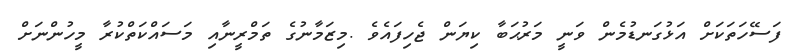
ފަސޭހަތަކަށް އަޅުގަނޑުމެން ވަނީ މަރުޙަބާ ކިޔަން ޖެހިފައެވެ .މިޒަމާނުގެ ތަމްރީނާއި މަސައްކަތްކުރާ މީހުންނަށް